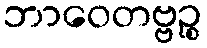
ဘာဝေတဗ္ဗဉ္စ